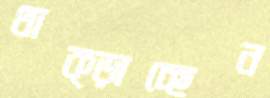
থাক্‌ড়াচ্ছেন